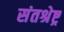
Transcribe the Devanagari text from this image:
संतश्रेष्ट्र